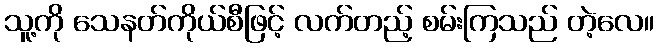
သူ့ကို သေနတ်ကိုယ်စီဖြင့် လက်တည့် စမ်းကြသည် တဲ့လေ။